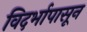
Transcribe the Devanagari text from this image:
विदर्भापासून